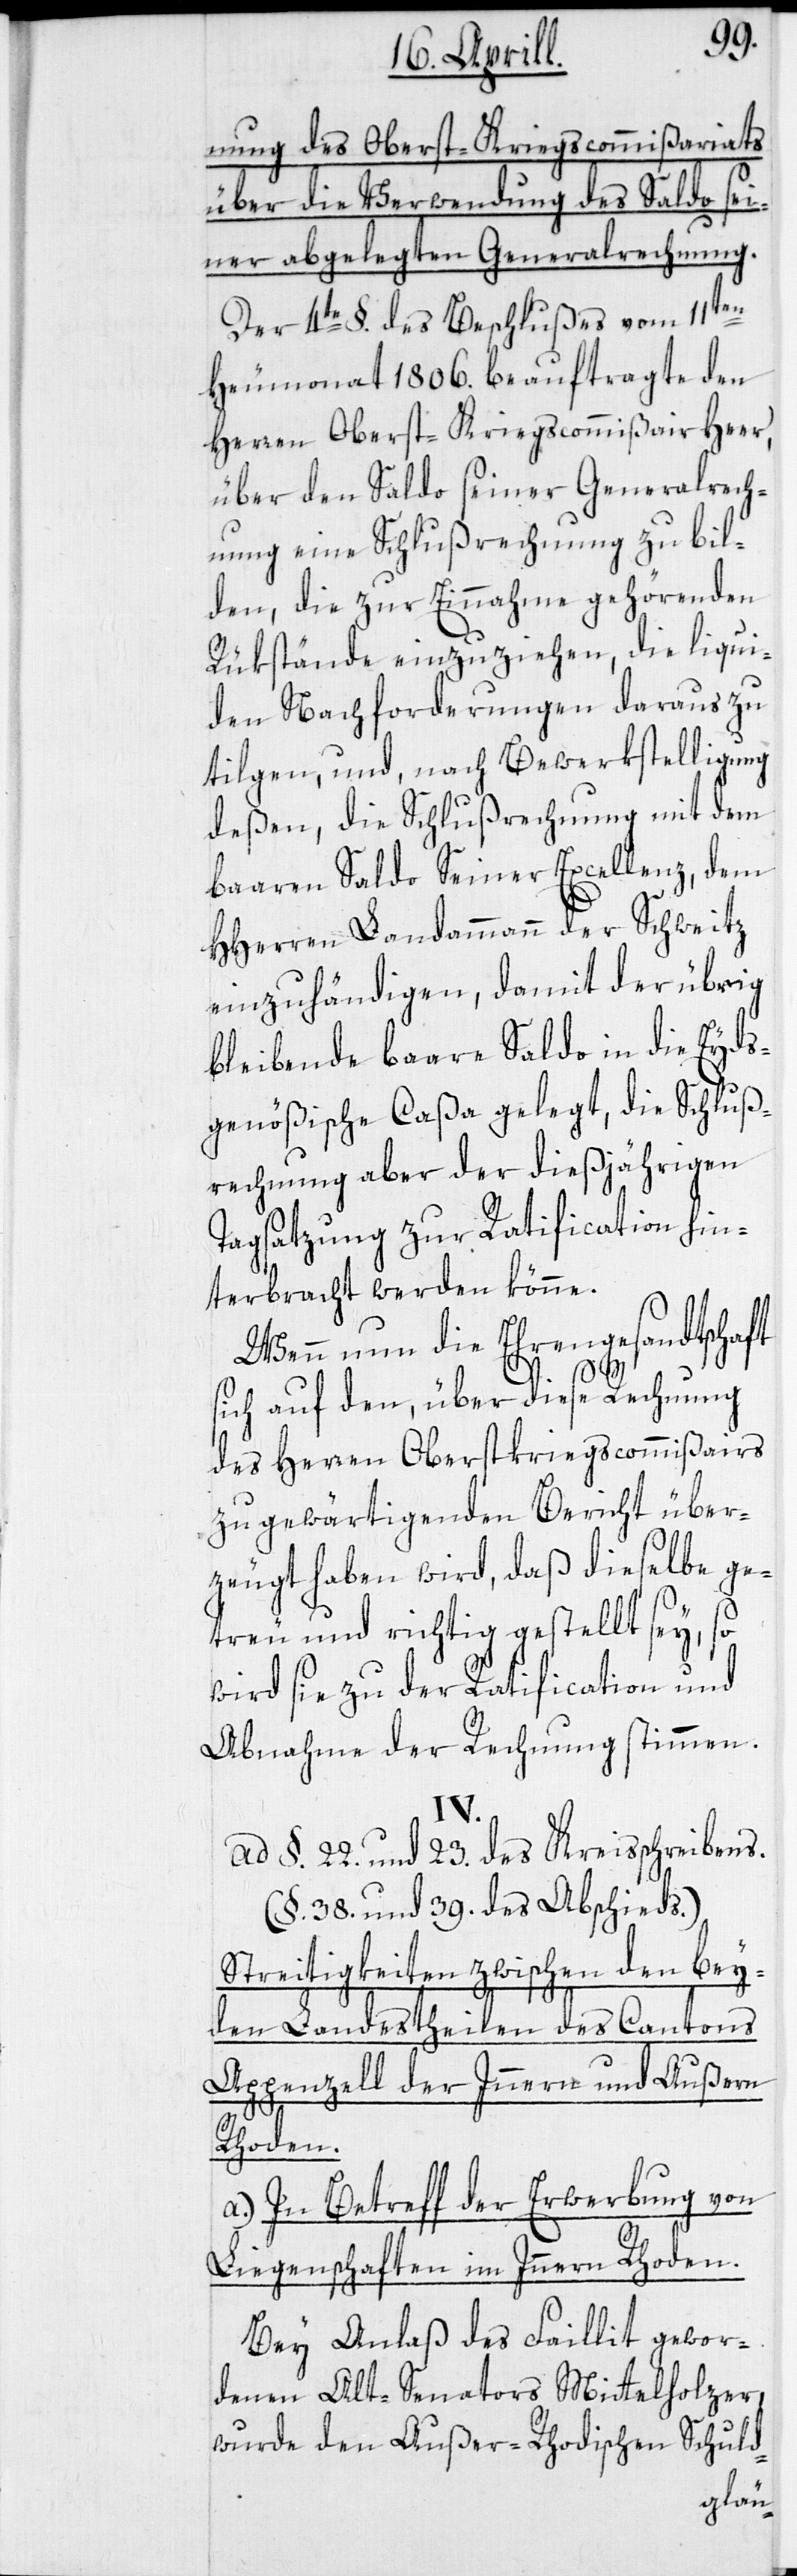
nung des Oberst-Kriegscommißariats
über die Verwendung des Saldo sei¬
ner abgelegten Generalrechnung.
Der 4te §. des Beschlußes vom 11ten
Heumonat 1806. beauftragte den
Herren Oberst-Kriegscommißair Heer,
über den Saldo seiner Generalrech¬
nung eine Schlußrechnung zu bil¬
den, die zur Einnahme gehörenden
Rükstände einzuziehen, die liqui¬
den Nachforderungen daraus zu
tilgen, und nach Bewerkstelligung
deßen, die Schlußrechnung mit dem
baaren Saldo Seiner Excellenz, dem
HHerren Landammann der Schweitz
einzuhändigen, damit der übrig
bleibende baare Saldo in die Eyds¬
genößische Caßa gelegt, die Schluß¬
rechnung aber der dießjährigen
Tagsatzung zur Ratification hin¬
terbracht werden könne.
Wenn nun die Ehrengesandtschaft
sich auf den, über diese Rechnung
des Herren Oberstkriegscommißairs
zu gewärtigenden Bericht über¬
zeugt haben wird, daß dieselbe ge¬
treu und richtig gestellt sey, so
wird sie zu der Ratification und
Abnahme der Rechnung stimmen.
IV.
ad §. 22. und 23. des Kreisschreibens.
(§. 38. und 39. des Abschieds.)
Streitigkeiten zwischen den bey¬
den Landestheilen des Cantons
Appenzell der Innern und Außern
Rhoden.
a.) In Betreff der Erwerbung von
Liegenschaften im Innern Rhoden.
Bey Anlaß des Faillit gewor¬
denen Alt-Senators Mittelholzer,
wurde den Außer-Rhodischen Schuld-